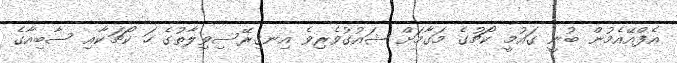
އެފްއޭއެމުން ބުނީ ގައުމީ ކޯޗުގެ މަގާމަށް ޝައުގުވެރިވެ އިނގިރޭސިވިލާތުގެ ހަ ކޯޗަކާއި ސާބިއާގެ